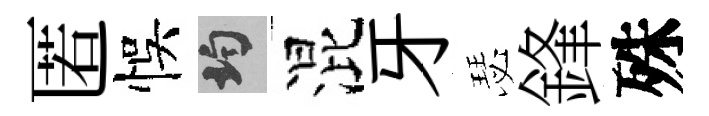
匿悞均混牙瑟鋒殊